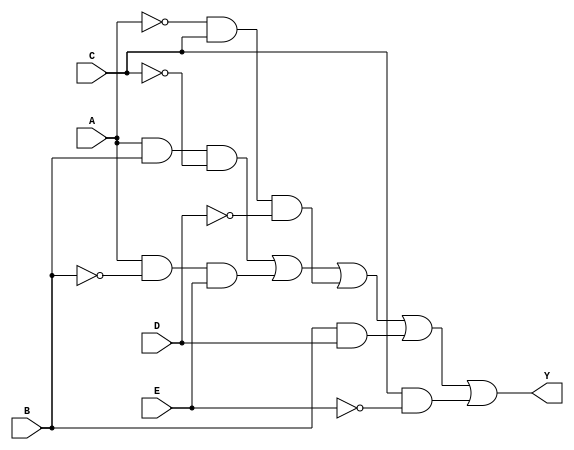
module km5_var(
    input wire A,  // Input variable A
    input wire B,  // Input variable B
    input wire C,  // Input variable C
    input wire D,  // Input variable D
    input wire E,  // Input variable E
    output wire Y  // Output variable Y
);

// Define the combinational logic using a K-map simplified expression
// This example is based on an arbitrary grouping. 
// Replace the following logic expression with the actual minimized one from your K-map.
assign Y = (A & B & ~C) |     // Group 1
           (A & ~B & E) |     // Group 2
           (~A & C & ~D) |    // Group 3
           (B & D) |          // Group 4
           (C & ~E);          // Group 5

endmodule